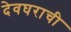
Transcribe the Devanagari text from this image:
देवघराची